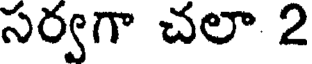
సర్వగా చలా 2